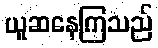
ယူဆနေကြသည်